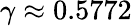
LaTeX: \gamma\approx 0.5772